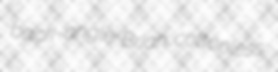
back-angle Brian cottonless